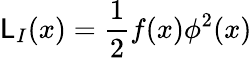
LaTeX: {\cal\mathsf{L}}_{I}(x)={\frac{{1}}{{2}}}f(x)\phi^{2}(x)